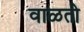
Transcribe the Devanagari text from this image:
वाळतो